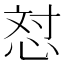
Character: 𪫼